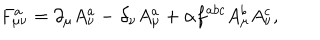
F _ { \mu \nu } ^ { a } = \partial _ { \mu } A _ { \nu } ^ { a } - \partial _ { \nu } A _ { \mu } ^ { a } + \alpha f ^ { a b c } A _ { \mu } ^ { b } A _ { \nu } ^ { c } ,